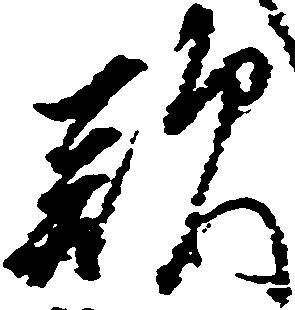
歎